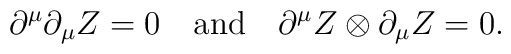
\partial^{\mu}\partial_{\mu}Z=0 \quad \mbox{and} \quad  \partial^{\mu}Z \otimes \partial_{\mu}Z=0.